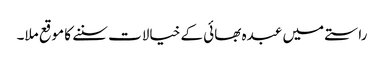
راستے میں عبدہ بھائی کے خیالات سننے کا موقع ملا۔